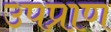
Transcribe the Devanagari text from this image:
उपप्राण